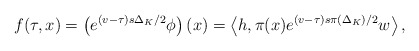
\begin{align*}f(\tau ,x)=\left( e^{(v-\tau )s\Delta _{K}/2}\phi \right) \left( x\right)=\left\langle h,\pi (x)e^{(v-\tau )s\pi \left( \Delta _{K}\right)/2}w\right\rangle , \end{align*}